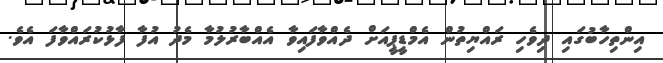
އިންތިހާބުގައި ދިވެހި ރައްޔިތުން އެމްޑީޕީއަށް ދެއްވާފައިވާ އެއްބާރުލުމާ މެދު އުފާ ފާޅުކުރައްވާފަ އެވެ.